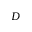
D